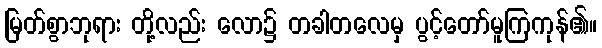
မြတ်စွာဘုရား တို့လည်း လော၌ တခါတလေမှ ပွင့်တော်မူကြကုန်၏။